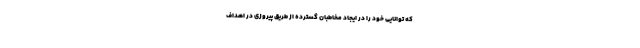
که توانایی خود را در ایجاد مخاطبان گسترده از طریق پیروزی در اهداف